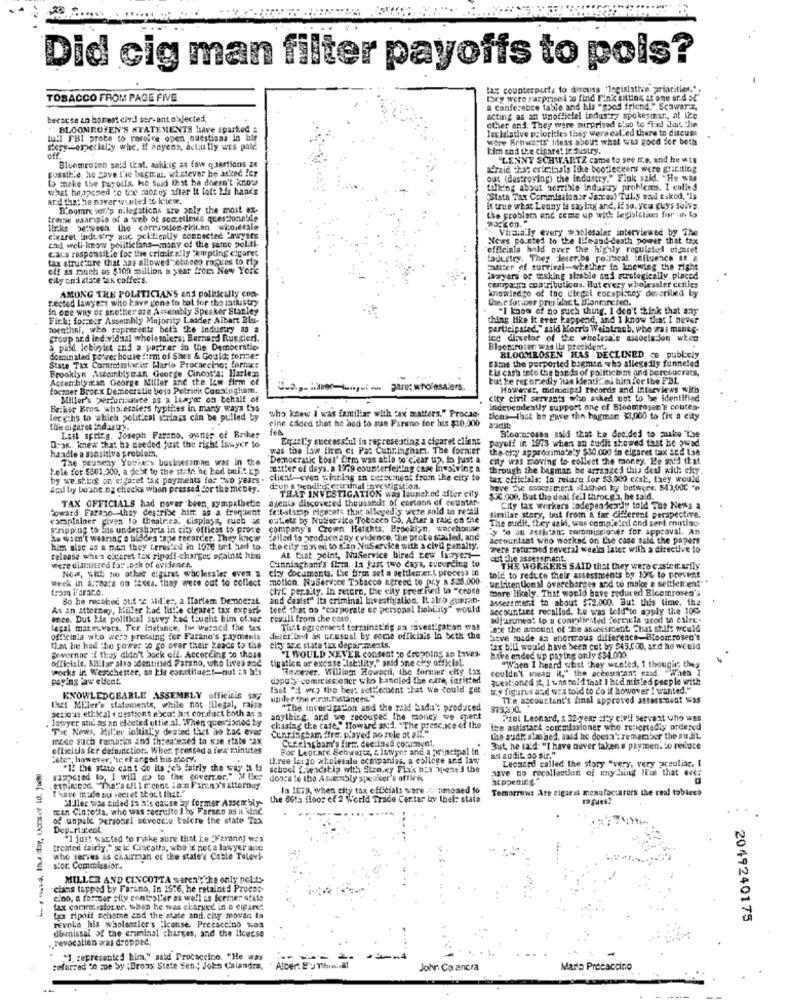
Did cig man filter payoffs to pols?
lay counterparts to discuss "legislative priorities.".
TOBACCO FROM PAGE FIVE
they were surprised to find Fink sitting at one or.d ol"
a Conference table and his "good friend," Schwarz,
because an horrest civil ser-ant objected,
acting as an unofficial industry spokesmar ., at tie
"BLOOMROTEN'S STATEMENTS have sparked a
let lalative priorities they were called there to discuss
other and. They were surprised also to find chut hin
tull FBI probe to resolve open questions in bir
wore Brhwartz' ideas about what was good for both
story-especially whe, if anyens, actually wes pale
kim and the cinare: fe dustry.
off.
"LENNY SCHWARTZ came to see me, and he wts
possible. he gave the beguus. whatever he asked Zer
Bluemroten said that, asking ss faw questions 2€
afraid that criminals like bootleggerss were gric.tting
is make the parodis, he suid that he doesn't know
out (destroying) the industry." Fink said. "He was
what happened to tice morey after it tott his hands
milking about horrible industry problems. I called
and that he naver wsnled to kuw.
"State Tax Commisalosar Jaxces) Tulis sad tskod, 'Is
B'oomre von's nilegations are only the most ex-
it true what Leony is saying and, if so, you guys soive
trine warple of a web of sometimes questionable
Workon."
the problems and come up with legislation for ih to
links between the corruption-cidicen wioierale
" Vircia ly every waplesaler interviewed by The
cigaret Industry and acilically connected lawyers
cad well-know peiltielans-many of the same politi-
News posted to the lifeand death power that tex
cars responsible for the crimin ally tempting cigaret
officials hold over the highly regulated cifret
tax structure that has allowed schnees roques to rip
todustry. They Jerer,bo political influence it @
cif as much as $100 million a year from New York
matter of survival-whether in knowing the right
city onictace tex coffers.
isayers or making alable and strategically placed
campaiga coatributicos. But every wholesaler centies
knowledge of the L'legel coespistey dereriled by
r.ected lawyers who have gone to bot for the intlustry
AMONG THE POLITICIANS and politically cop-
their for.Der presilact, Blonmine ben.
in one way or another are Assembly Specker Stanley
"I know of no such thing. I don't think that any
Firk; fo .. por Assembly Majority Leader Albart Blu-
thing like it ever happend, and I know that I never
menthal, who reprezenta beth the industry as a
participated," said Morris Weintraub, who asi manes-
group and individual wholemiers; Bernard Ruggieri.
icc diretor of the wholesale associajon when
a pald lobbyist and a partrer in the Democratic
Bloomroser was ils president.
dominated power bodie form of Shee & Gould; forme:
Fame the purported boemen who allegedly funneled
BLOOMROSEN HAS DECLINED co publicly
State Tax Comrotssiarias Llario Procaccino: fornu:
Brooklyn Assemblyman George Cincot'a: Harlen
Eis cash into the bands of politicians and bureaucrats,
Acterriblyran George Miller and the law firm of
but he reg orzedly has kdenti ?? ni him for the FBL
locmer Brocx Democratie beso Petritk Conaingham.
are: wholesalers.
However, municipal records and interviews with
Miller's perfurinaute as a laayor on behalf of
city civil servants who asked not to be identified
Briher Bros wholesalers typtiles in many ways tas
independently support one of Bloomrasen's coutea.
lereths to which political strings can be pulled by
who knew I was familiar with Fax matters." Procae-
cine calded thet he had to sue Farano for his $10,000
tions that he gave the hagman $1,000 to fix a city
the cigaret Industry.
Lait spring. Joseph Fareno, owner of Briker
Equal'y successful in representing a cigaret client
payoff in 1978 when an audit showed that he owad
Bloomcosas said that be decided to make "The
handle a ssailtive problem.
Dras. knew that ha needed just the right Iswyer to
was the law firm ci Pa: Cunringhart. The former
the chy approximately $30,000 in elgaret tax and t38
The pauschy Yousers businessman was in the
Democratic Losl' firm was able to clear up, do just a
city was moving to collect the money. Le med that
Lele for $801,300, a debt to the st.in he had built up
zitter of days. a 1969 counterfeitling case involving &
through the bagmar be arranged this deal with chy.
by we'shing on cigaret tax payments for two years- client eren winning an cersement from the city to
tax ofitelals: In relaru for $3.000 cest, they would
sou ly boune og checks when pressed For the money.
deup e pending criminal investigation.
have the ssocssment alashed by betweer. 543,000 *n
agents discovered thousands of cortonn of counter
THAT INVESTIGATION was launched after city
$30.000. But the deal fell throce), he said.
toward Farago thay destribe hitt as a frequent
TAX OFFICIALS had nover been, sympatbete
fe:bylarip cigarets that allegedly were anld to recall
City tax workers tadepen harly told The News a
esraplniner given to thealres. cisplays, such as
outlets by Nuservice Tobceco Do. After a raid on the
The audit, they said, was completed and sert mounting-
Similar story, Ist from a far different perspective.
Stripplug to liis undershorts in city offices to prove
company's Crown Heights. Brooklyn, wocehour
my to on asshitans commissioner for approval. An
ka wam't wearing a hidden tape recorder. They know
Failed to produce any evidence, the prote stalled, and
accountant who worked on Lse case said the papers
him alse as a mil they teres'ed in 1976 bet had to
the city sawveri to siap NuService with a civil penalty.
Tere returned several weeks later with a directive to
release when cigaret tax ripoff-charges against him
At that point, NuService hired cew 1x7yest
cut the assessment
were dismissed for .ack of evidence.
Now, with two other cigaret wholesaler even a
clay documents. the fire set a settlemer.L process in
Cunningham's flm. In fast two days, sueurding to
THE WORKERS SAID that they were castor.arily
week in arrears on taxes. they were out to collect
motion. NuService Tobacco agreed to pry a $25,000
told to reduce their assessments by 10% to prevent
unfitentional overcharges and to male a settlement"
trom Parar.o.
clyE per.aily. In retere, the city pree Fied to "cease
more likely. That would have reduced Bicemrosen's
30 he macohed out of Miilles, a ITartem Democrat
and casist" Its criminal investigation. It also guaran.
assessment to about $72.000. But this time. the
As an attorney, Killer had little cleares tax export
teed that os "corporate er personal liablity" would
accountant recalled. te was told to apply the 10%
ence. But His political savvy kad fought bim ofaer rewill from the caso.
adjasuneat lo a complicated forcicla urod th esler-
Legal mateuvers. Ter instance, Ii waracd the tax
Tact agreement terminst'dig an favestigation was
's'e the amount of the assessment. Chat shift would
officinla who were pressing fer Farano's paymentt
deter.Und as uresusl by some offichais la beth the
Seve made as chorrous difference-Bloomrosen's
that he had the power so go over their Leads to tise
city are state tax depar- merits.
"I WOULD NEVER consent to dropping an tives-
tax bill would have been cut by $45.000, ard he would
Bovernar :[ they didn't bock off, According to those
officiate, Alilar also Identified Fatano, who Lives and
tigatien or excuse "lability," said one ciry official.
have ended up paying only $34.000
spocks in Westchester, as his constituent-nul za bis
However, Willing Howard, the formwr elfy Lax
couldn't mean it," the acecungans sasd. "Waen 1
"When I heard what they wented, I thougie; they
paying law eldent.
dapo'} commissioner who handled the case, insisted
questioned st, I was told that I had misled people with
Isst " wcy the bers settlement that we could get
try figures and wea told to do it bowover I wanted."
KNOWLEDGEABLE ASSEMBLY officinis so;
The ascourtant's final approved atressment was
thet Mlier's statements, while not illegal, raise
serious ethical questions ebcut he's cor.duct both as a
"The investigation and the rald bada": produced
573,500. *
lawyer and as an elected offie.al. When questioned by
anything. ard we recouper the money we spert
Pzel Leonard, & 32-year sity civil servant who was
The, News, Miller initial'y desind List ao Ład ever
chasing the cast." Howare and, "The presence of the
The assistant commissioner who reportedly ordered
mede such romarks and threatened to sue state "ax
Cunningham fre. played no rele at all."
Curciasham's firm. dee ined comment.
the asdi: stashed, said he doesn':remember the audit.
officials fer defunction .. Wher. Pressed a few minutes
For Leorare Schwerte, & lawyer and a principal In
But, he sa'd: "I have never taken e paymentto reduce
Ester, however, htc changed his story,
LEree largo wholesale companies, a college and las"
an sodit. ap sir."
Lechard called the story "very, very ceuliag, I
"If the stato can't do its "es fairly the way i la school friendship with Stanley Plak bys weed the
have no recollection of anyching lite that ever
sappcted lo, I will go to the coverz.or."M'ller doorale the Assembly speaker's office
happening."
.expiaceod. ""That's all 1 mcont ian Fireny's attorney.
Thave made nu secret about that."
In 1079, when city tax officials ware .'timoned fo
Tomorrow: Are cigaret menufacsarers the real tobicco
Muller was aided ia h's cause by former Assembly-
the 86th floor of 2 World Trade Center by thel: state
man Cincotta, who was recruite ) by Farsco as u alne.
of unpale personel odvocclu tilere the state Tax
Deparlacent
"I just wanted to riske sure that ie "Warann] was
treated fairly," gic Ciscatta, who is not a lawyer and
who serves as chairman of the state's Cable Televi-
stor. Commissior.
MILLER AND CINCOTTA weren't the only pelts-
clans tapped by Farano, In 15:6, he retained Proces-
eino, a former sity enntypl'ir as well is former state
fax coraresslot-ur, when he was charged in a cigaret
to ripnif scheme and the state and. chy movto ta
2049240175
dimissal of the emminal charges, and the Itcerse
revoke his wholesaler's license. Precaccino wos
.. revocation was dropped,
"I. represented him," said Procaccino. "He was
---
referred to me Sy ;Bronx State Sen ; John Calandra,
Alber: E'u Thus .. al
John Ca ancra
Maria Procaccino